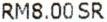
RM8.00 SR